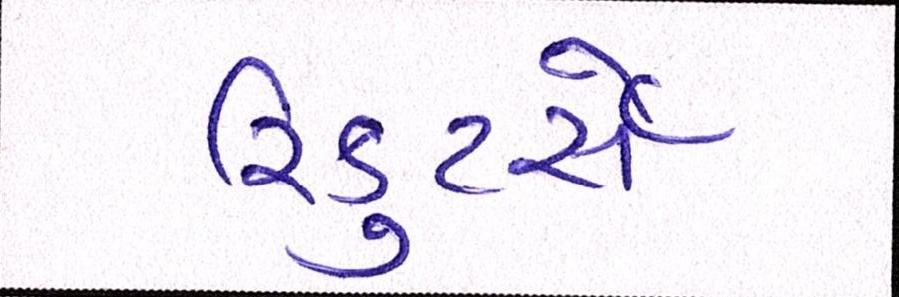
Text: રિક્રુટર્સે